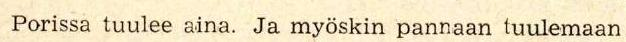
 Porissa tuulee aina. Ja myöskin pannaan tuulemaan